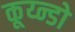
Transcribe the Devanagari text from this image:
कूय्न्डो